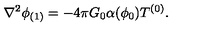
\nabla ^ { 2 } \phi _ { ( 1 ) } = - 4 \pi G _ { 0 } \alpha ( \phi _ { 0 } ) T ^ { ( 0 ) } .